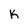
Character: k